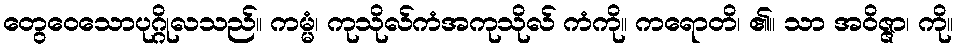
တွေဝေသောပုဂ္ဂိုလသည်။ ကမ္မံ၊ ကုသိုလ်ကံအကုသိုလ် ကံကို။ ကရောတိ၊ ၏။ သာ အဝိဇ္ဇာ၊ ကို။